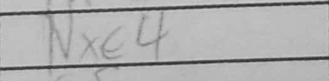
Transcription: Nxe4